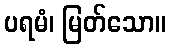
ပရမံ၊ မြတ်သော။